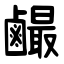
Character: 䴝